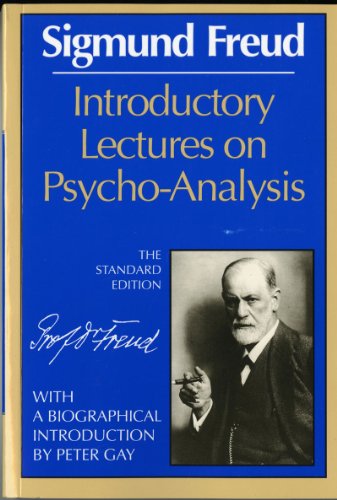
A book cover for Introductory Lectures on Psychoanalysis; Sigmund Freud; Science & Math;